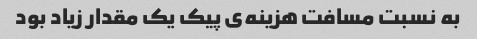
به نسبت مسافت هزینه‌ی پیک یک مقدار زیاد بود